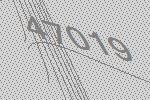
47019